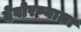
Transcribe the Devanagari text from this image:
देवोरण्याला